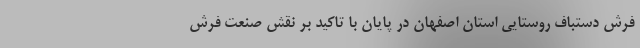
فرش دستباف روستایی استان اصفهان در پایان با تاکید بر نقش صنعت فرش